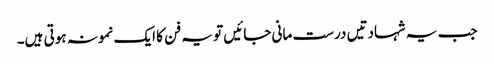
جب یہ شہادتیں درست مانی جائیں تو یہ فن کا ایک نمونہ ہوتی ہیں۔